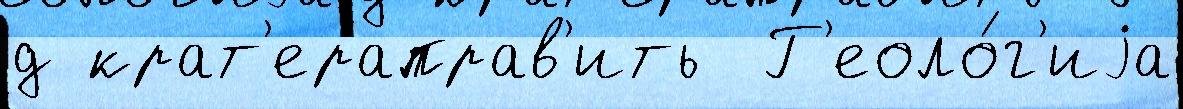
д крат'ераправ'ить  Г'еоло́г'иjа